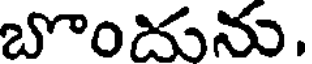
బొందును.